Indian journal of veterinary science and animal husbandry - Volumes 15-17, 1948-1951
Year: 1948
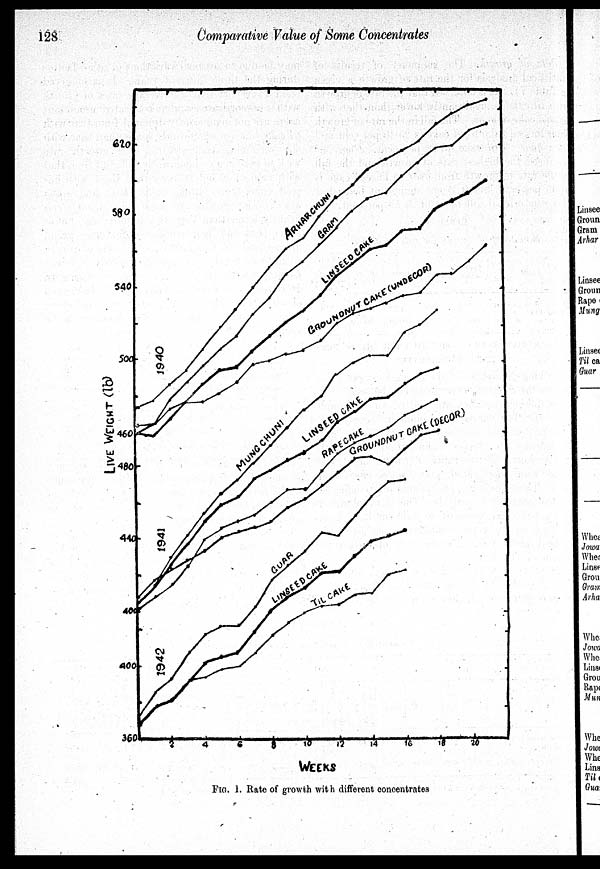
128
Comparative Value of Some Concentrates
FIG. 1. Rate of growth with different concentrates